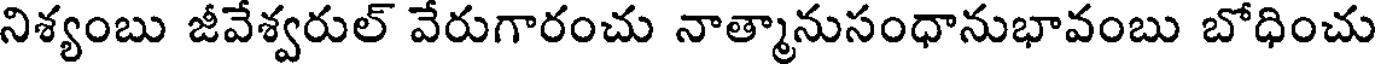
నిశ్యంబు జీవేశ్వరుల్ వేరుగారంచు నాత్మానుసంధానుభావంబు బోధించు